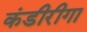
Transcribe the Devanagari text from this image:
कंडीरीगा